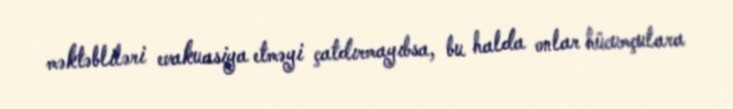
məktəbliləri evakuasiya etməyi çatdırmayıbsa, bu halda onlar hücumçulara